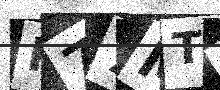
Text: P77MT6